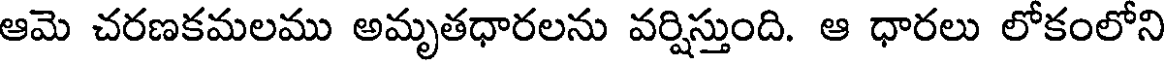
ఆమె చరణకమలము అమృతధారలను వర్షిస్తుంది. ఆ ధారలు లోకంలోని